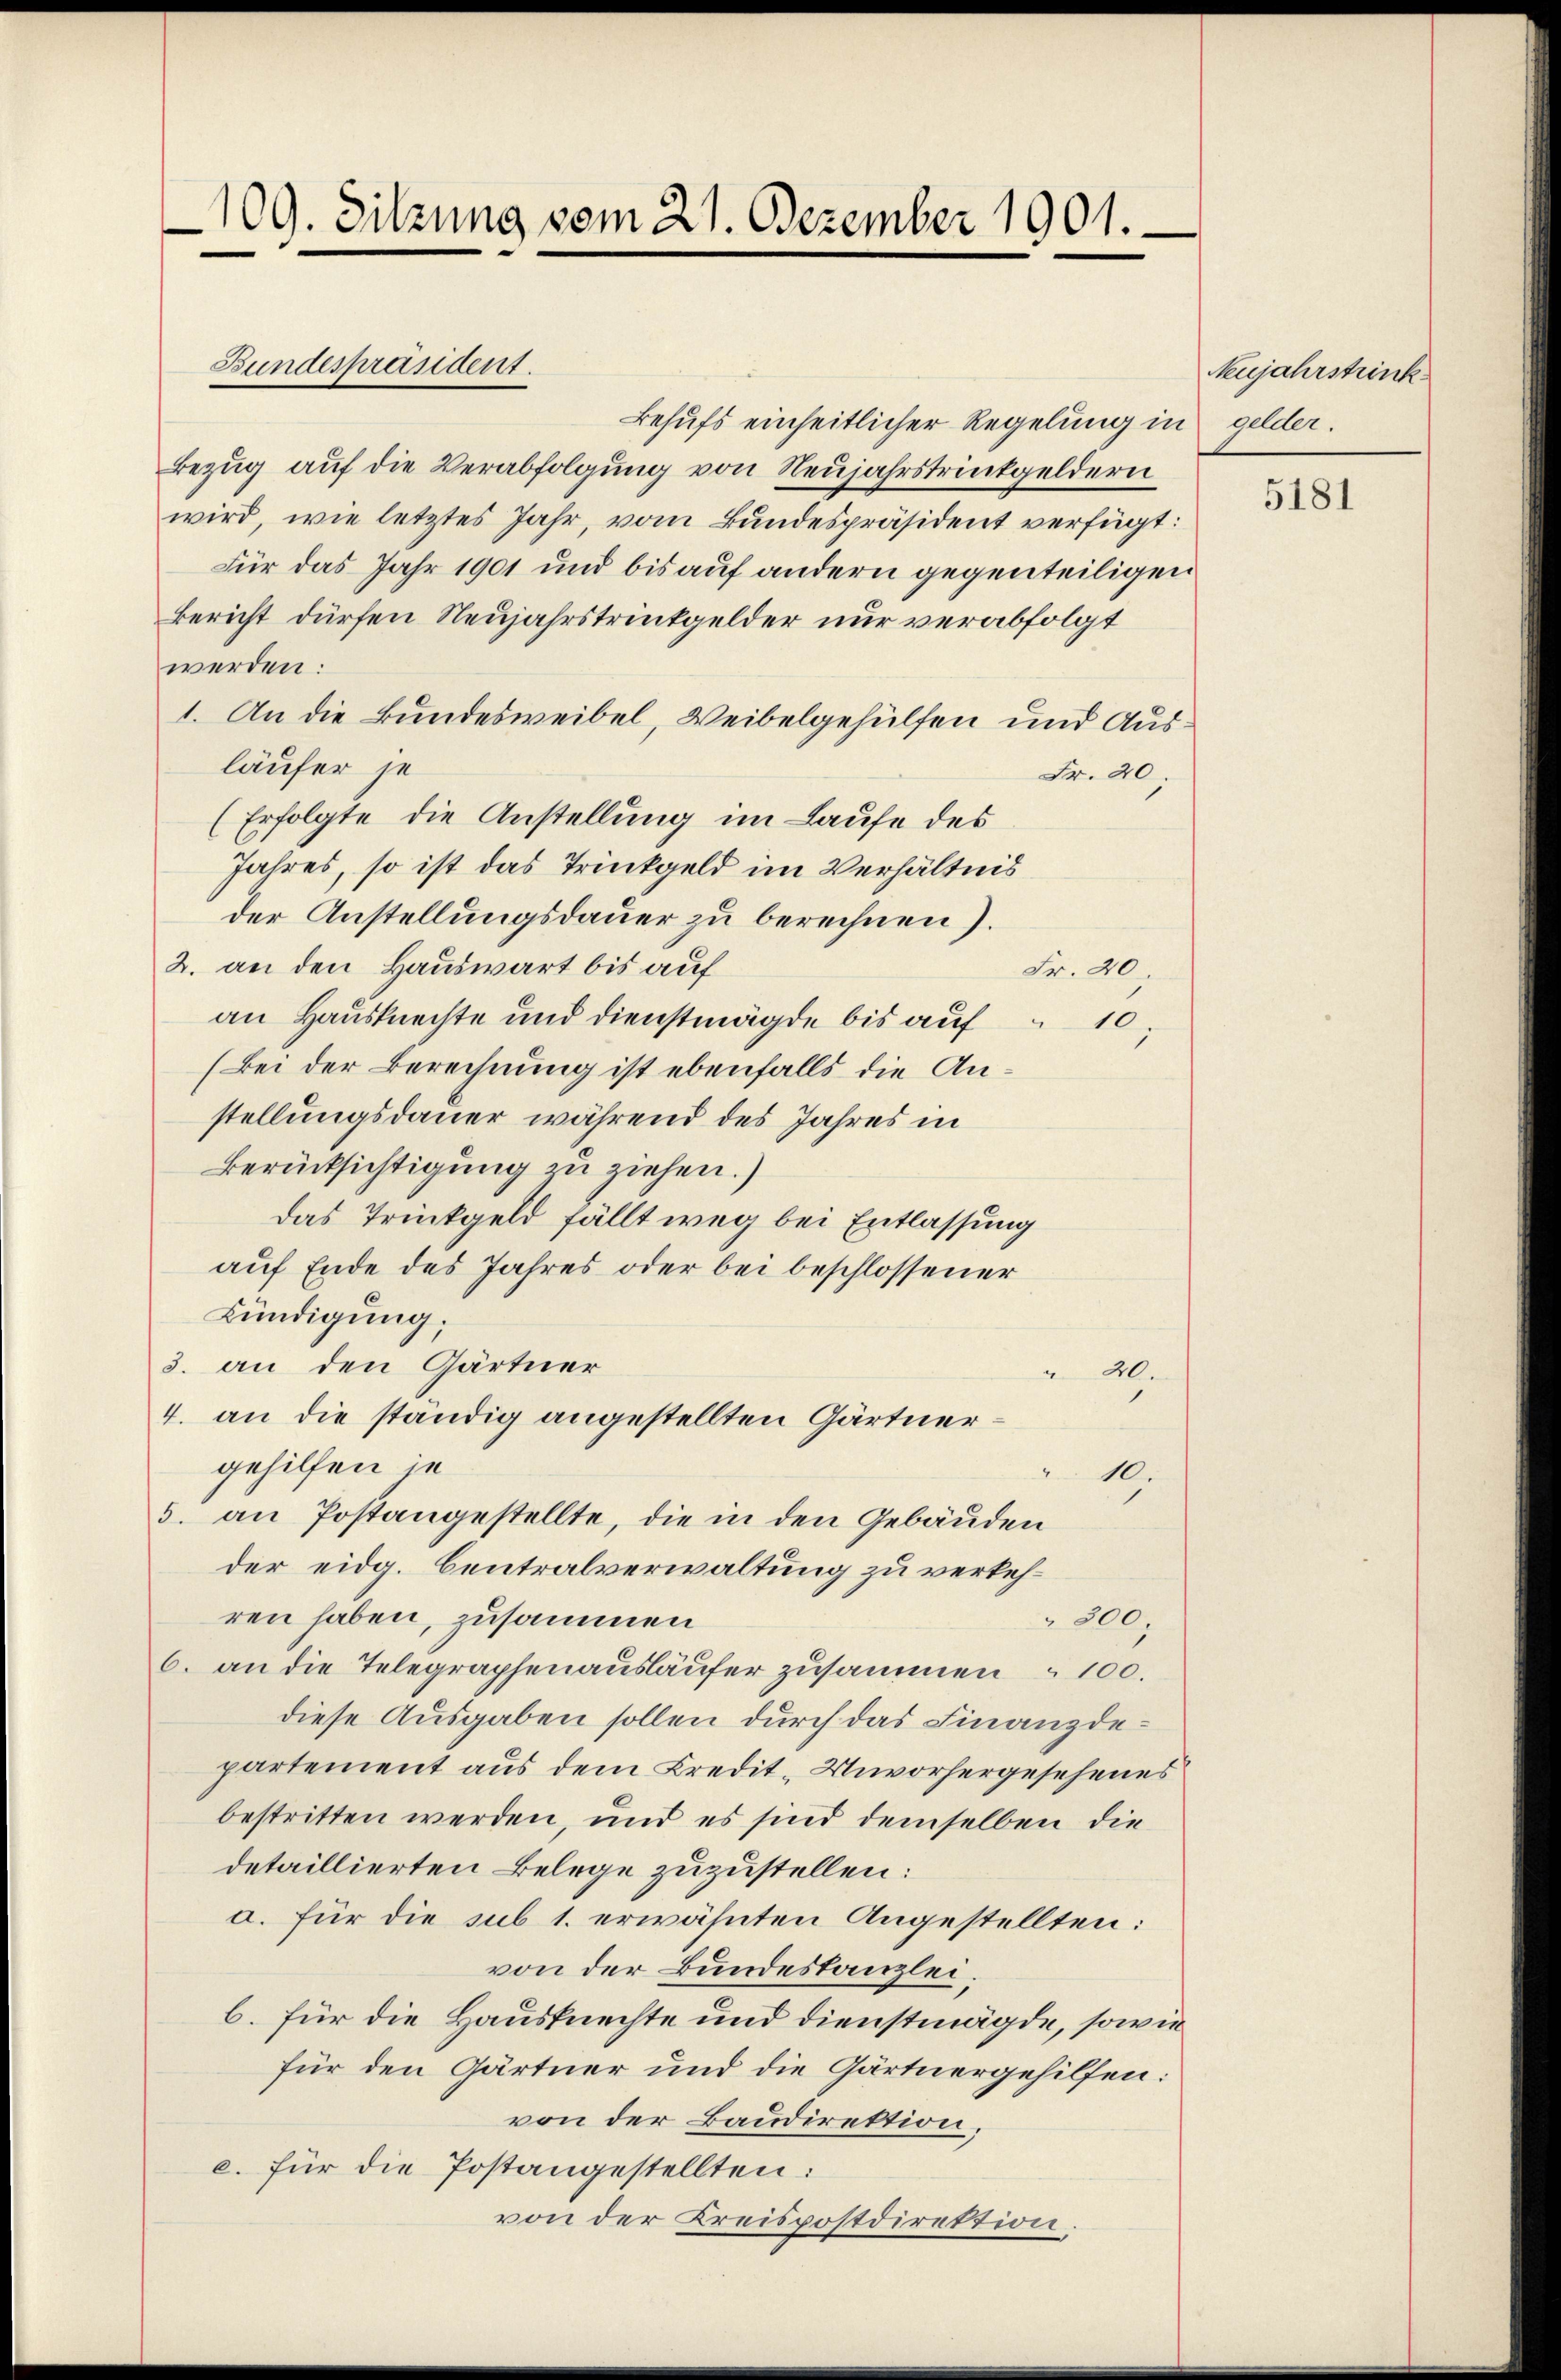
109. Sitzung vom 21. Dezember 1901.

Bundespräsident.

Behufs einheitlicher Regelung in gelder.
Bezug auf die Verabfolgung von Neujahrstrinkgeldern
wird, wie letztes Jahr, vom Bundespräsident verfügt:
Für das Jahr 1901 und bis auf andern gegenteiligen
Bericht dürfen Neujahrstrinkgelder nur verabfolgt
werden:
1. An die Bundesweibel, Weibelgehülfen und Ausläufer je
Fr. 40.
(Erfolgte die Anstellung im Laufe des
Jahres, so ist das Trinkgeld im Verhältnis
der Anstellungsdauer zu berechnen).
2. an den Hauswart bis auf
Fr. 40.
an Hausknechte und Dienstmägde bis auf
(Bei der Berechnung ist ebenfalls die Anstellungsdauer während des Jahres in
Berücksichtigung zu ziehen.)
Das Trinkgeld fällt weg bei Entlassung
auf Ende des Jahres oder bei beschlossener
Bündigung;
3. an den Gärtner
20.
4. an die ständig angestellten Gärtnergehilfen je
10.
5. an Postangestellte, die in den Gebäuden
der eidg. Centralverwaltung zu verkehren haben, zusammen
 200,
6. an die Telegraphenausläufer zusammen " 100.
diese Ausgaben sollen durch das Finanzdepartement aus dem Kredit. Unvorhergesehenes
bestritten werden, und es sind demselben die
detaillierten Belege zuzustellen:
a. für die sub 1. erwähnten Angestellten:
von der Bundestanzlei.
b. für die Hausknechte und dienstmägde, sowie
für den Gärtner und die Gärtnergehilfen:
von der Baudirektion;
c. für die Postangestellten:
von der Kreispostdirektion:

10.

Neujahrstrink

5181